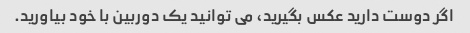
اگر دوست دارید عکس بگیرید، می توانید یک دوربین با خود بیاورید.